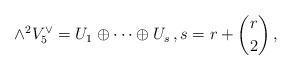
LaTeX: \begin{align*}\wedge^2 V_5^\vee = U_1 \oplus \cdots \oplus U_s\, ,s = r + \binom{r}{2}\, ,\end{align*}